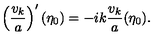
\left( \frac { v _ { k } } { a } \right) ^ { \prime } ( \eta _ { 0 } ) = - i k \frac { v _ { k } } { a } ( \eta _ { 0 } ) .